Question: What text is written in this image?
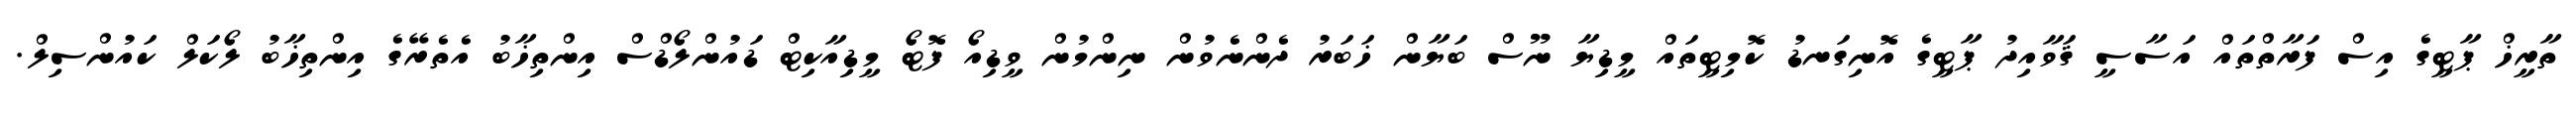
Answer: ތާރީޚް ޕާޓީގެ އިސް ފަރާތްތައް އަސާސީ ޤަވާއިދު ޕާޓީގެ އޮނިގަނޑު ކޮމިޓީތައް މީޑިޔާ ނޫސް ބަޔާން ޚަބަރު ދެންނެވުން ނިންމުން ވީޑިއޯ ފޮޓޯ މީޑިއާކިޓް ޑައުންލޯޑްސް އިންތިޚާބު އެތެރޭގެ އިންތިޚާބު ލޯކަލް ކައުންސިލް.